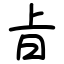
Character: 㫖